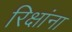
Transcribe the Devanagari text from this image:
रिक्षांना